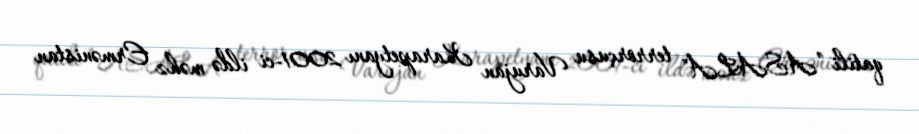
qatili ”ASALA" terrorçusu Varujan Karapetyanı 2001-ci ildə məhz Ermənistan